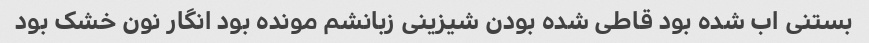
بستنی اب شده بود قاطی شده بودن شیزینی زبانشم مونده بود انگار نون خشک بود